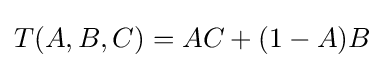
T(A,B,C)=AC+(1-A)B